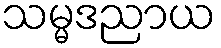
သမ္မဒညာယ